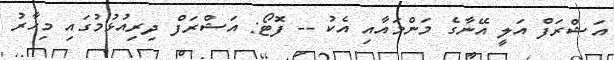
އަޝްރަފް އަލީ އޭނާގެ މަންމައާއި އެކު -- ފޮޓޯ: އަޝްރަފް ދިރިއުޅުމުގައި މިހާރު